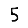
Digit: 5